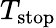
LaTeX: T_{\textrm{stop}}